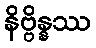
နိဗ္ဗိန္နဿ